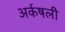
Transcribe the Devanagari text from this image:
अर्कषली